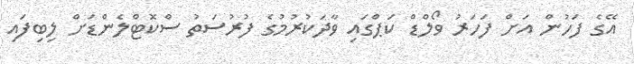
އޭގެ ފަހުން އަށް ފަހަރު ވޯލްޑް ކަޕްގައި ވާދަކުރުމުގެ ފުރުސަތު ސްކޮޓްލެންޑަށް ލިބިފައި